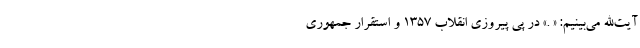
آیت‌الله می‌بینیم: « .» در پی پیروزی انقلاب 1357 و استقرار جمهوری